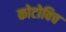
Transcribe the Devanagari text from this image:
कोटोविच